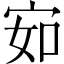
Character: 𰌽